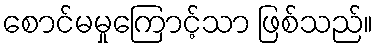
စောင်မမှုကြောင့်သာ ဖြစ်သည်။